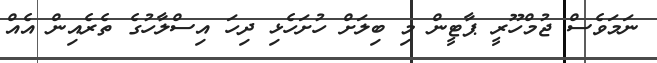
ނަމަވެސް ޖުމްހޫރީ ޕާޓީން މި ބިލަށް ހުށަހެޅި ދިހަ އިސްލާހުގެ ތެރެއިން އެއް